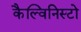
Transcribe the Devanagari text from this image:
कैल्विनिस्टो